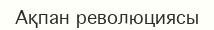
Ақпан революциясы